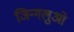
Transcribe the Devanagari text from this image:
जिन्गलुओ